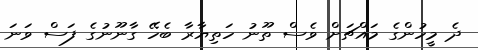
ދެ މީހުންގެ މައްޗަށް ވެސް ތޫނު ހަތިޔާރާ ބެހޭ ގާނޫނުގެ ފަސް ވަނަ